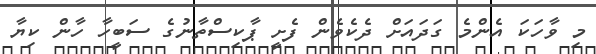
މި ވާހަކަ އެންމެ ގަދައަށް ދެކެެވެން ފެށީ ޕާކިސްތާނުގެ ސަބީހާ ހާން ކިޔާ